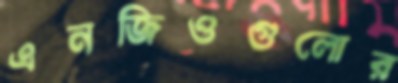
এনজিওগুলোর